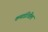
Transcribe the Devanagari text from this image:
कमांडोंतील